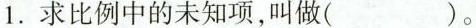
1.求比例中的未知项，叫做()。